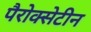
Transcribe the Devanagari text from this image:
पैरोक्सेटीन